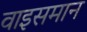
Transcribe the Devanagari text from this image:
वाइसमान